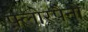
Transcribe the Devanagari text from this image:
फ़्लोरपैनों